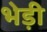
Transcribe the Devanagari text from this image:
भेड़ी